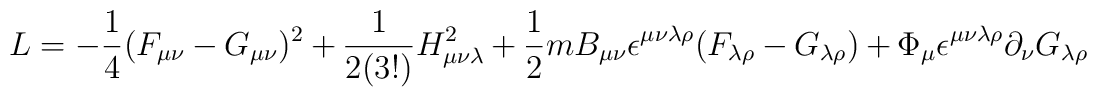
{\sl L} = -\frac{1}{4}(F_{\mu \nu}-G_{\mu \nu})^2  +\frac{1}{2 (3!)} H_{\mu \nu \lambda}^2  +\frac{1}{2} m B_{\mu \nu } \epsilon^{\mu \nu \lambda \rho}(F_{\lambda \rho}-G_{\lambda \rho})+ \Phi_\mu \epsilon^{\mu \nu \lambda \rho} \partial_\nu G_{\lambda \rho}